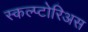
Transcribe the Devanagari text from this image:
स्कल्प्टोरिअस